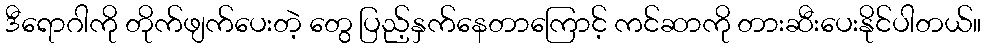
ဒီရောဂါကို တိုက်ဖျက်ပေးတဲ့ တွေ ပြည့်နှက်နေတာကြောင့် ကင်ဆာကို တားဆီးပေးနိုင်ပါတယ်။